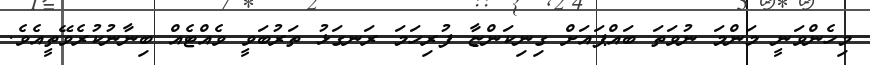
މިހެންވަނީ މަންމަ ނުވަތަ ބައްޕައަށް ގިނިކަންޏާ ފުރިހަމަ ރަނގަޅު ތަރުބަވީ ވެއްޓެއް ބިނާނުކުރެވޭތީއެވެ.